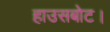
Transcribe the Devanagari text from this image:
हाउसबोट।